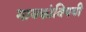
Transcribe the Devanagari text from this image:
गायकांविषयी